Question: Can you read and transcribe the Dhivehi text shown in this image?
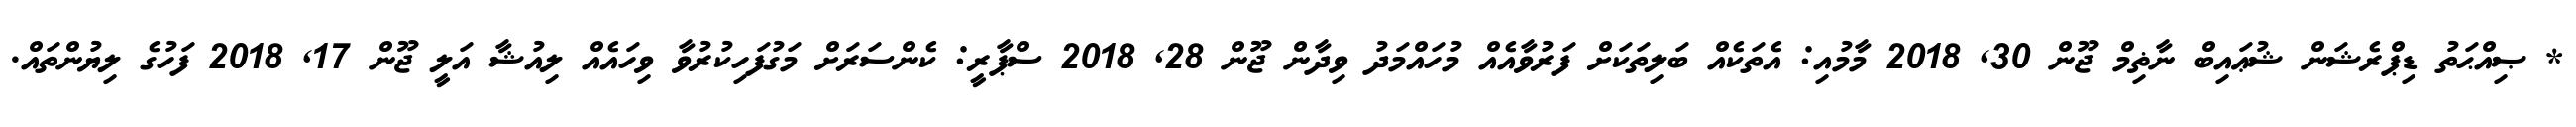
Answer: * ޞިއްޙަތު ޑިޕްރެޝަން ޝުޢައިބް ނާޡިމް ޖޫން 30, 2018 މާމުއި: އެތަކެއް ބަލިތަކަށް ފަރުވާއެއް މުހައްމަދު ވިދާން ޖޫން 28, 2018 ސްޕާރީ: ކެންސަރަށް މަގުފަހިކުރުވާ ވިހައެއް ލިއުޝާ އަލީ ޖޫން 17, 2018 ފަހުގެ ލިޔުންތައް.